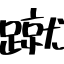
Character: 蹴